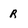
Character: R